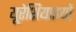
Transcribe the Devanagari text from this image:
यूरेशियाइयों